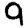
Digit: 9